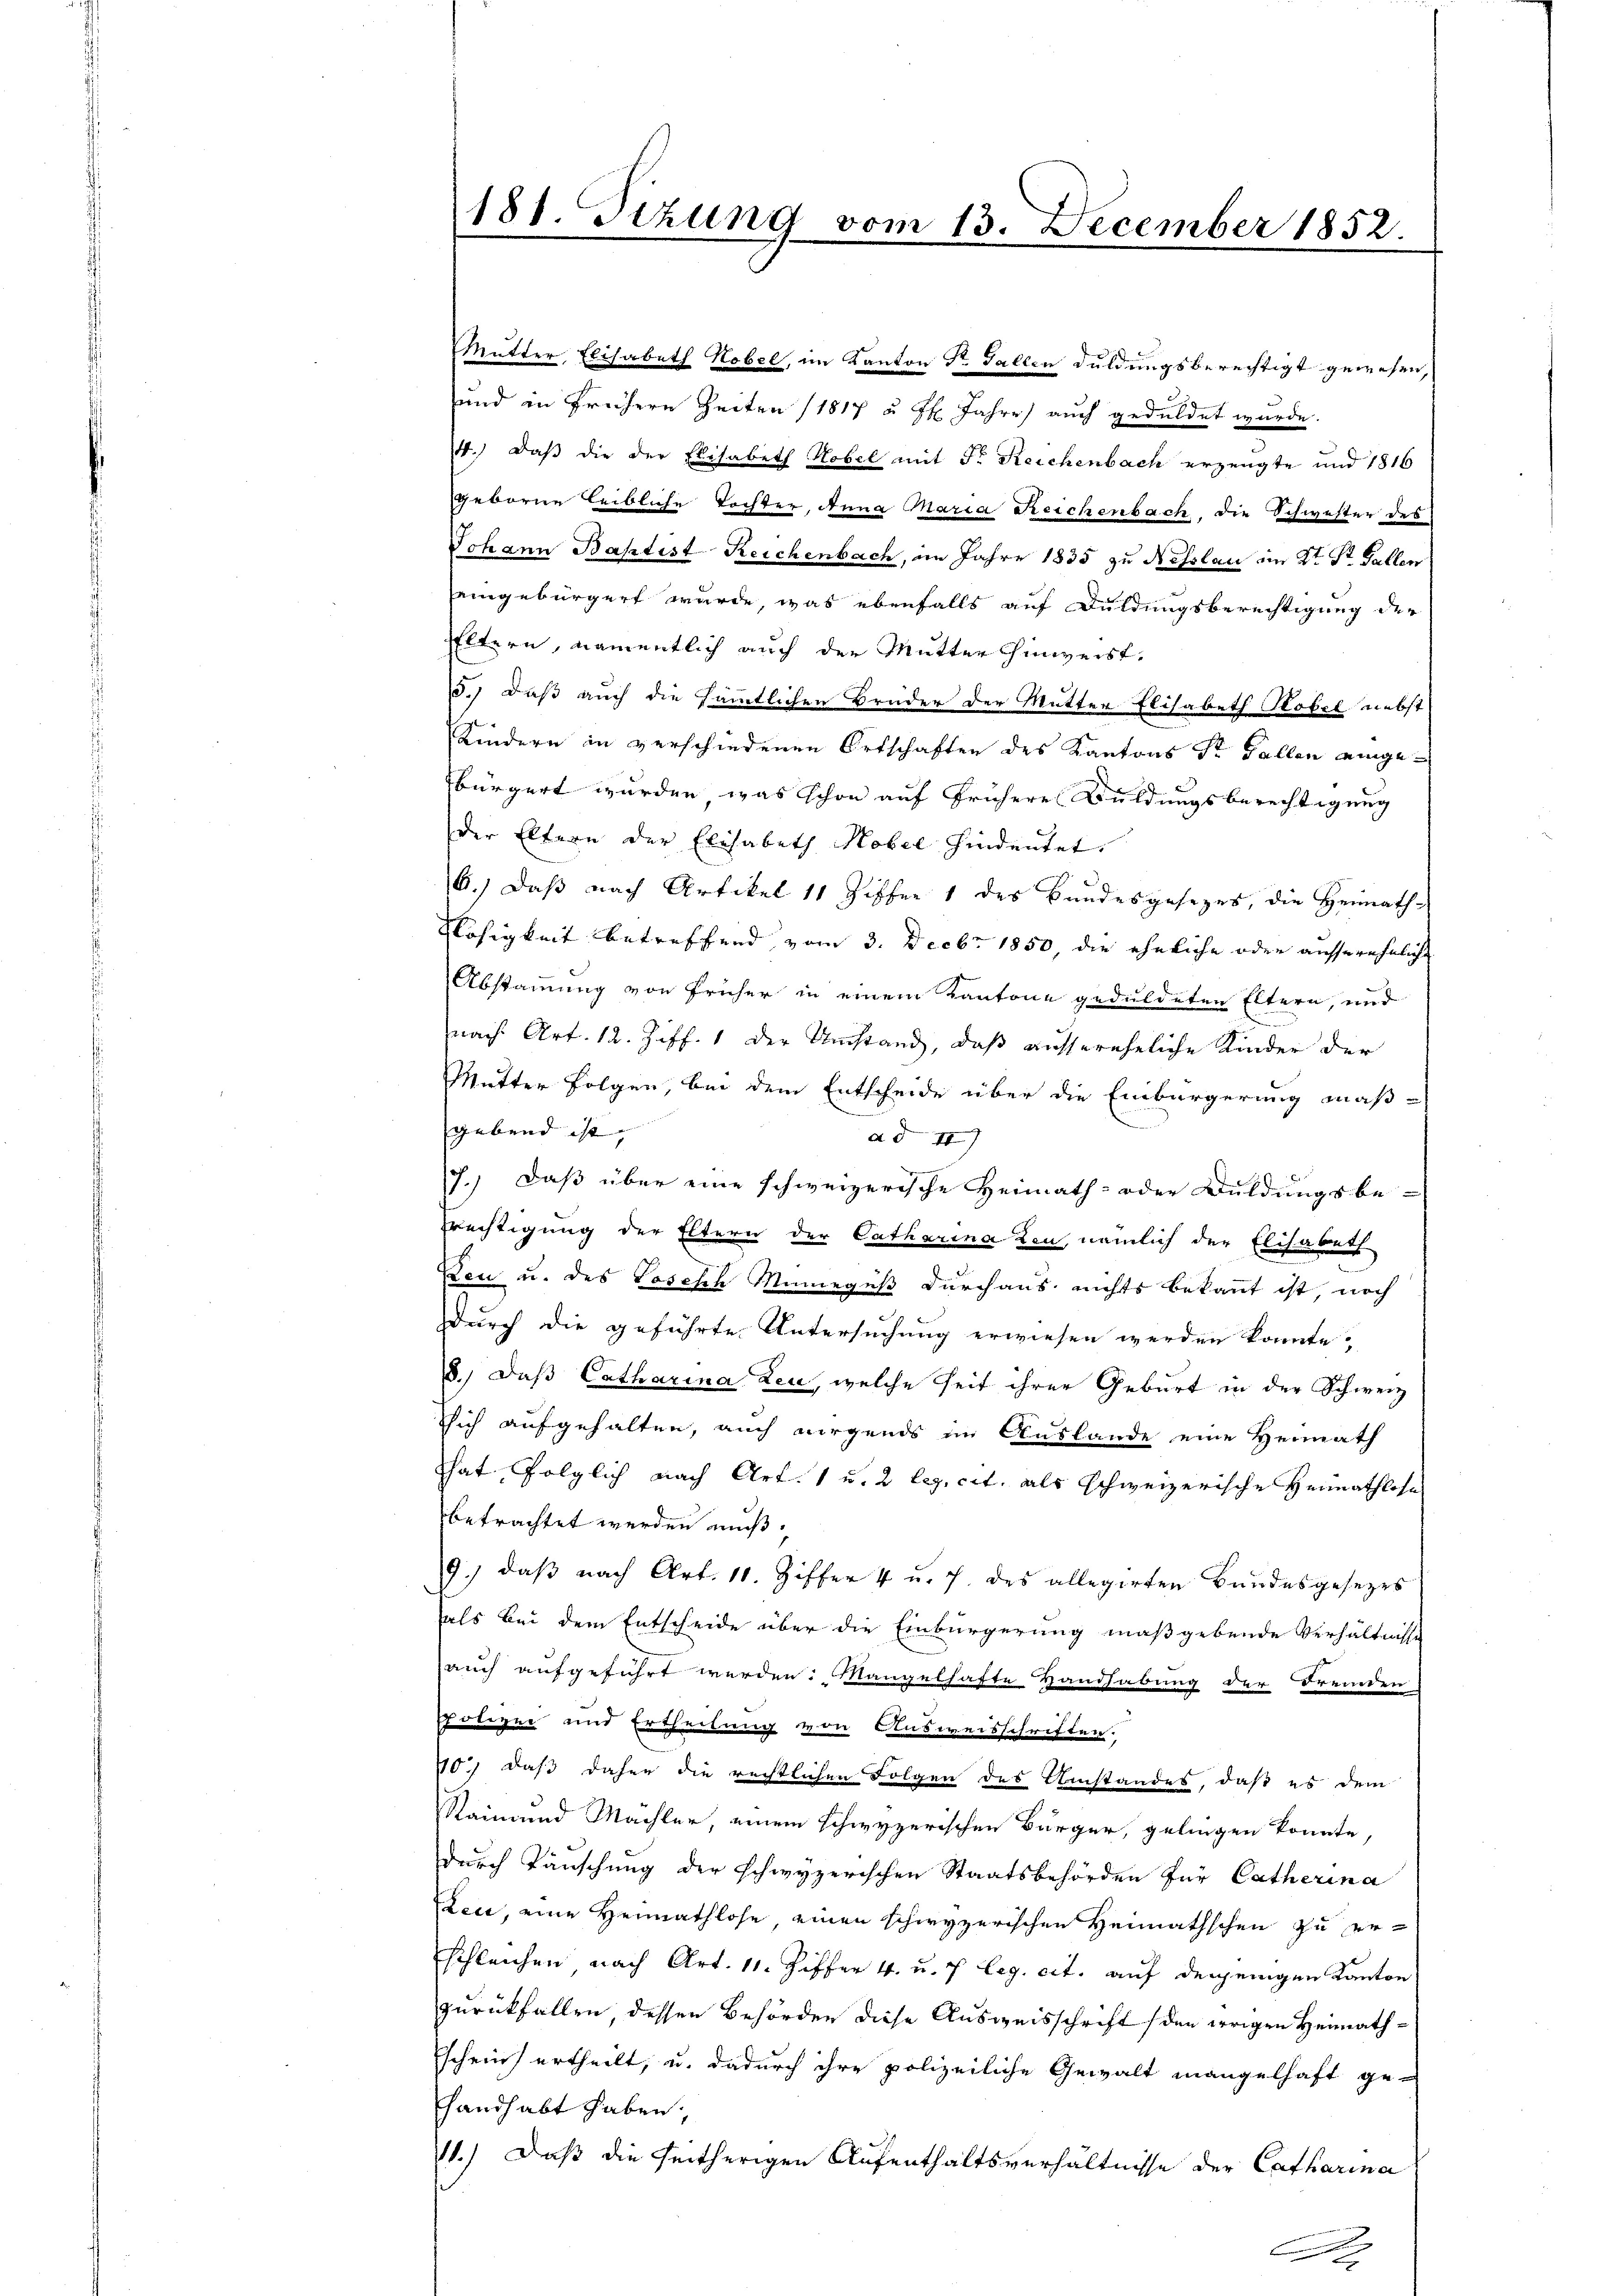
Mutter Elisabeth Hobel, im Kanton Sr. Fallen Duldungsberechtigt gewesen,
und in frühern Zeiten (1817 u. Hr. Jahre) auch geduldet wurde.
4.) Daß die der Elisabeth Hobel mit Fr. Reichenbach erzeugte und 1816
geborne Leibliche Tochter, Anna Maria Reichenbach, die Schwester des
Johann Baptist Reichenbach, im Jahre 1835 zu Nesslau im 2t Dr. Fallen
eingebürgert wurde, was ebenfalls auf Duldungsberechtigung der
Eltern, namentlich auch der Mutter hinweist.
15.) Daß auch die sämtlichen Brüder der Mutter Elisabeth Hobel nebst
Kindern in verschiedenen Ortschaften des Kantons Sr Fallen eingebürgert wurden, was schon auf frühere Buldungsberechtigung
der Eltern der Elisabeth Nobel hindeutet.
6.) Daß nach Artikel 11 Ziffer 1 des Bandesgesezes, die Heimath-
Nöhigkeit betreffend vom 3. Decbr 1850 die eheliche oder aussereheliche
Abstammung von früher in einem Kantone geduldeten Eltern, und
nach Art. 12. Ziff. 1 der Umstand, daß aussereheliche Kinder der
Mutter Folgen, bei dem Entscheide über die Einbürgerung maß-
gebend ist, |
ad II
17.) Daß über eine schweizerische Heimath- oder Duldungsbe-
rechtigung der Eltern der Catharina Kon, nämlich der Elisabeth
Deu u. des Joseph Mineguß durchaus nichts bekannt ist, noch
Durch die geführte Untersuchung erwiesen werden konnte.
8.) Daß Catharina Leu, welche seit ihrer Geburt in der Schweiz.
sich aufgehalten, auch nirgends im Auslande eine Heimath
That folglich nach Art. 1 u. 2 leg. cit. als schweizerische Heimathlose
betrachtet werden muß.
9.) daβ nach Art. 11. Ziffer 4 u. 7. des allegirten Bundesgesetzes
als bei dem Entscheide über die Einbürgerung maßgebende Verhältnisse
auch aufgeführt werden: Mangelhafte Handhabung der Fremden
spolizei und Ertheilung von Ausweisschriften.
10.) daß daher die rechtlichen Folgen des Umstandes, daß es dem
Raimund Machter, einem schwyzerischen Bürger, gelingen konnte,
durch Täuschung der schwyzerischen Staatsbehörden für Catherina
Leci, eine Heimathlose einen schwyzerischen Heimathschen zu er-
schleichen nach Art. 11. Ziffer 4. u. 7 leg. cit. auf denjenigen Kanton
zurückfallen, dessen Behörden diese Ausweisschrift (den irrigen Heimathschein ertheilt, u. dadurch ihre polizeiliche Gewalt mangelhaft ge-
handhabt haben.
11.) Daß die heitherigen Aufenthaltsverhältnisse der Catharina

181. Tizung vom 13. December 1852.